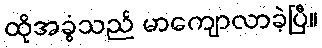
ထိုအခွံသည် မာကျောလာခဲ့ပြီ။